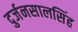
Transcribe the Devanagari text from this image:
दुर्जनसालसिंह